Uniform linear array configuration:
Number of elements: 16
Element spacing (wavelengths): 1
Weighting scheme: blackman
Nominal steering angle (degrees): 45
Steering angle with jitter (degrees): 43.306
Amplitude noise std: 0.05
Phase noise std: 0.05

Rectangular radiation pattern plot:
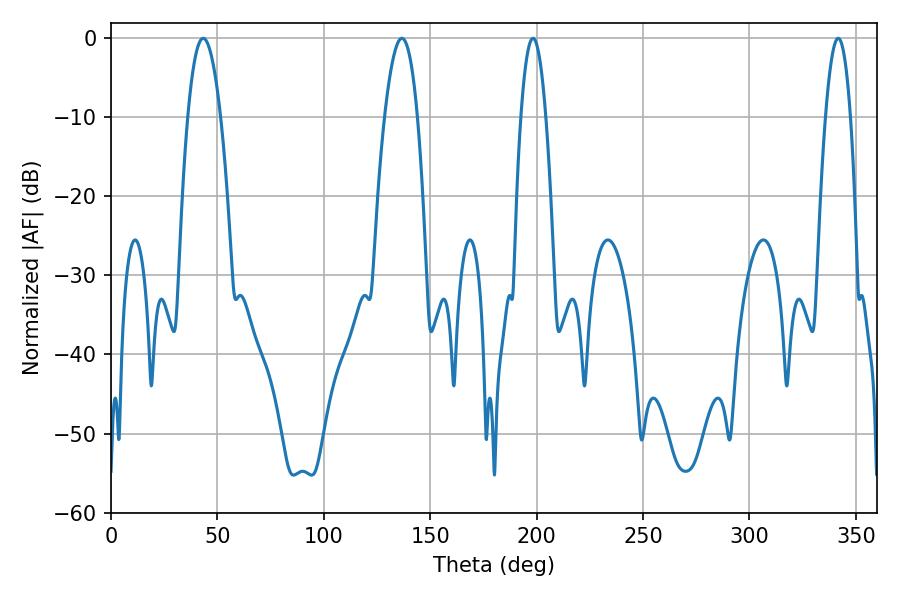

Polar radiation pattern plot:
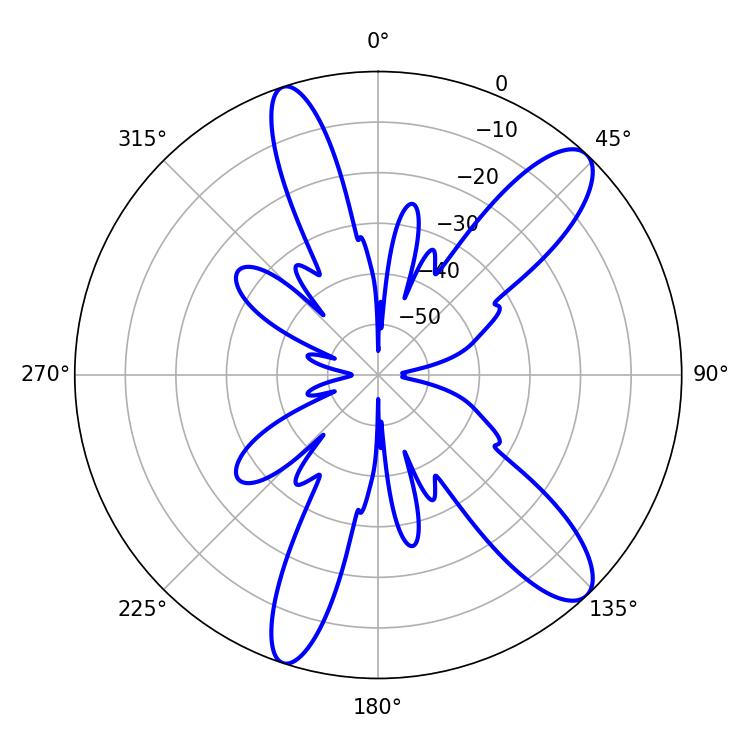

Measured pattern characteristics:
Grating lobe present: TRUE
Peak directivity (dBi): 11.485
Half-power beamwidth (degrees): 8.46
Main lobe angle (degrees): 43.38